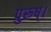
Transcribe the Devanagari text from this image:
पुरुष्।